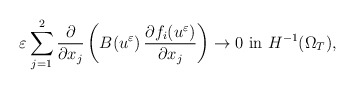
\begin{align*} \varepsilon\displaystyle\sum_{j=1}^{2}\frac{\partial}{\partial x_{j}}\left(B(u^{\varepsilon})\,\frac{\partial f_{i} (u^{\varepsilon})}{\partial x_{j}}\right)\to 0\,\,\mbox{in}\,\,H^{-1}(\Omega_{T}), \end{align*}